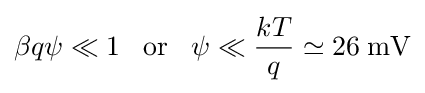
\beta q\psi \ll 1\;\;\;{\rm {or}}\;\;\;\psi \ll {\frac {kT}{q}}\simeq 26\;{\rm {mV}}